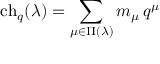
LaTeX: \mathrm { c h } _ { q } ( \lambda ) = \sum _ { \mu \in \Pi ( \lambda ) } m _ { \mu } \, q ^ { \mu }